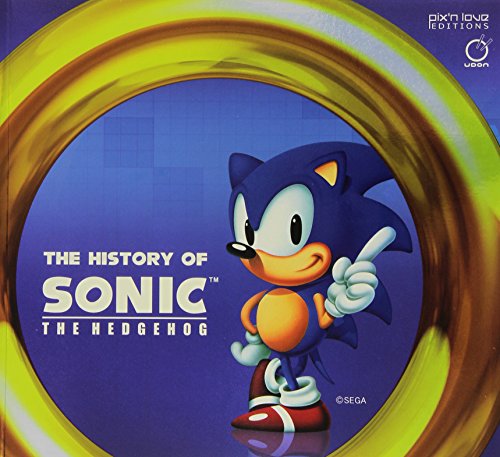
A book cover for The History of Sonic the Hedgehog (Pix 'n Love Editions); Arts & Photography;